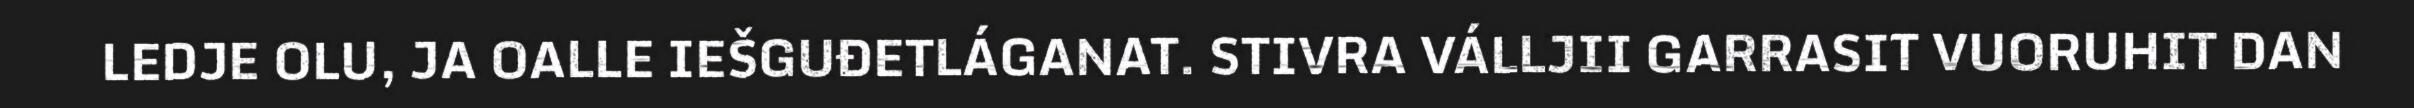
LEDJE OLU, JA OALLE IEŠGUĐETLÁGANAT. STIVRA VÁLLJII GARRASIT VUORUHIT DAN